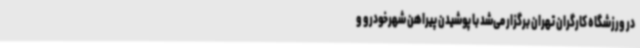
در ورزشگاه کارگران تهران برگزار می‌شد با پوشیدن پیراهن شهرخودرو و